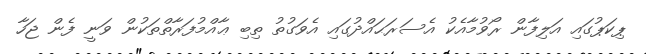
ޕިކަޕުގައި އަލިފާން ރޯވުމާއެކު އެސަރަޙައްދުގައި އެވަގުތު ތިބި ޢާއްމުފަރާތްތަކުން ވަނީ ފެން ޖަހާ